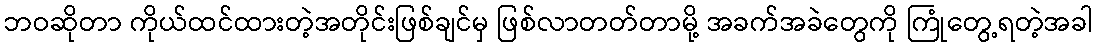
ဘဝဆိုတာ ကိုယ်ထင်ထားတဲ့အတိုင်းဖြစ်ချင်မှ ဖြစ်လာတတ်တာမို့ အခက်အခဲတွေကို ကြုံတွေ့ရတဲ့အခါ